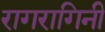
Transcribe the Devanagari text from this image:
रागरागिनी